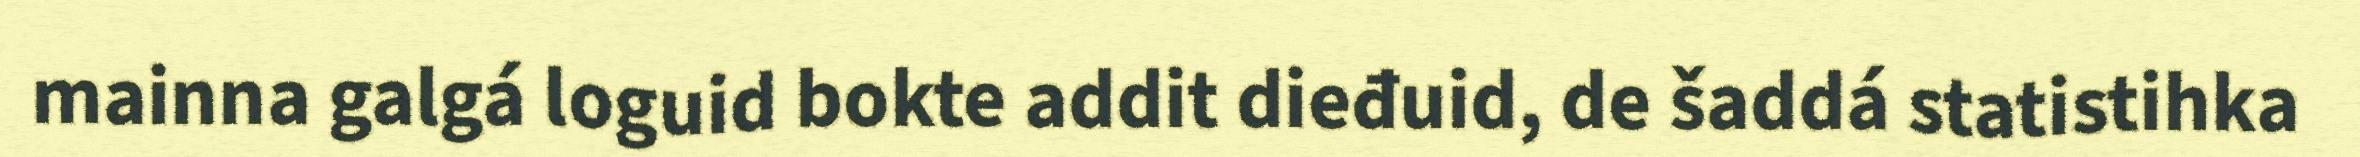
mainna galgá loguid bokte addit dieđuid, de šaddá statistihka